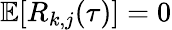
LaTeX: \mathbb{E}[R_{k,j}(\tau)]=0